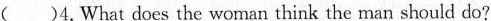
( )4.What does the woman think the man should do?